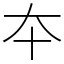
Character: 夲